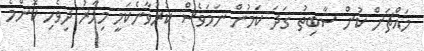
މައްޗަށް ކުށް ސާބިތު ގަދަ ކަމުން ނަމަވެސް ކުރުވާނެކަމީ މިހާރު ދިވެހި ކޮންމެ